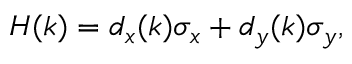
H ( k ) = d _ { x } ( k ) \sigma _ { x } + d _ { y } ( k ) \sigma _ { y } ,